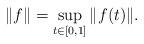
LaTeX: \begin{align*}\|f\|=\sup_{t\in [0,1]}\|f(t)\|.\end{align*}